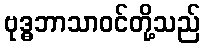
ဗုဒ္ဓဘာသာဝင်တို့သည်